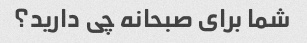
شما برای صبحانه چی دارید؟